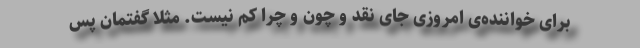
برای خواننده‌ی امروزی جای نقد و چون و چرا کم نیست. مثلاً گفتمان پسِ